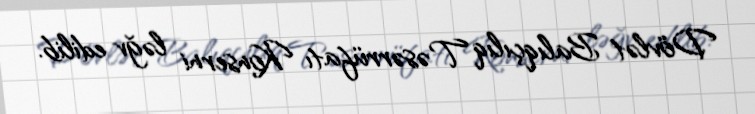
Dövlət Balıqçılıq Təsərrüfatı Konserni ləğv edilib.